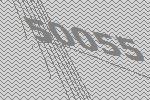
50055